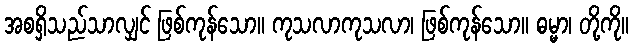
အစရှိသည်သာလျှင် ဖြစ်ကုန်သော။ ကုသလာကုသလာ၊ ဖြစ်ကုန်သော။ ဓမ္မာ၊ တို့ကို။